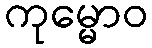
ကုမ္မောဝ